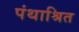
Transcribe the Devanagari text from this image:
पंथाश्रित